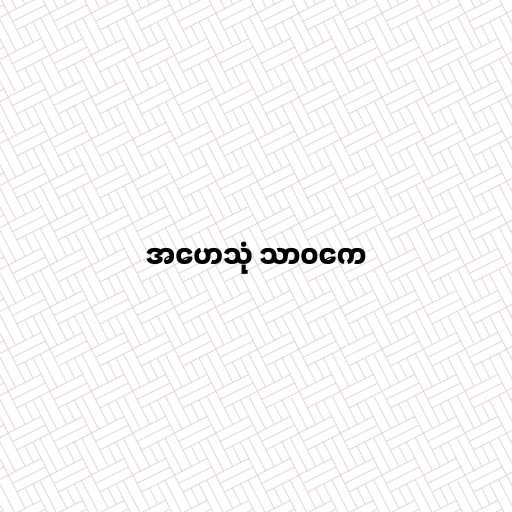
အဟေသုံ သာဝကေ